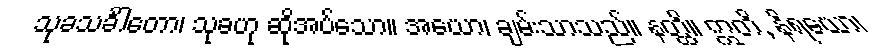
သုခသင်္ခါတော၊ သုခဟု ဆိုအပ်သော။ အယော၊ ချမ်းသာသည်။ နတ္ထိ။ ဣတိ, နိရယော၊